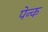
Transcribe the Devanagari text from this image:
पेन्क